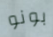
بونو